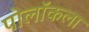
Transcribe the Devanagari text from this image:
पोलॉकला